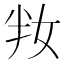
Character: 𡛤